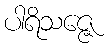
ပါရိသဇ္ဇေ